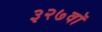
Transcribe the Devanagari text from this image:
३२७वॉ